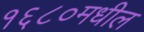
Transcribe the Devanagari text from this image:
१६८०मधील